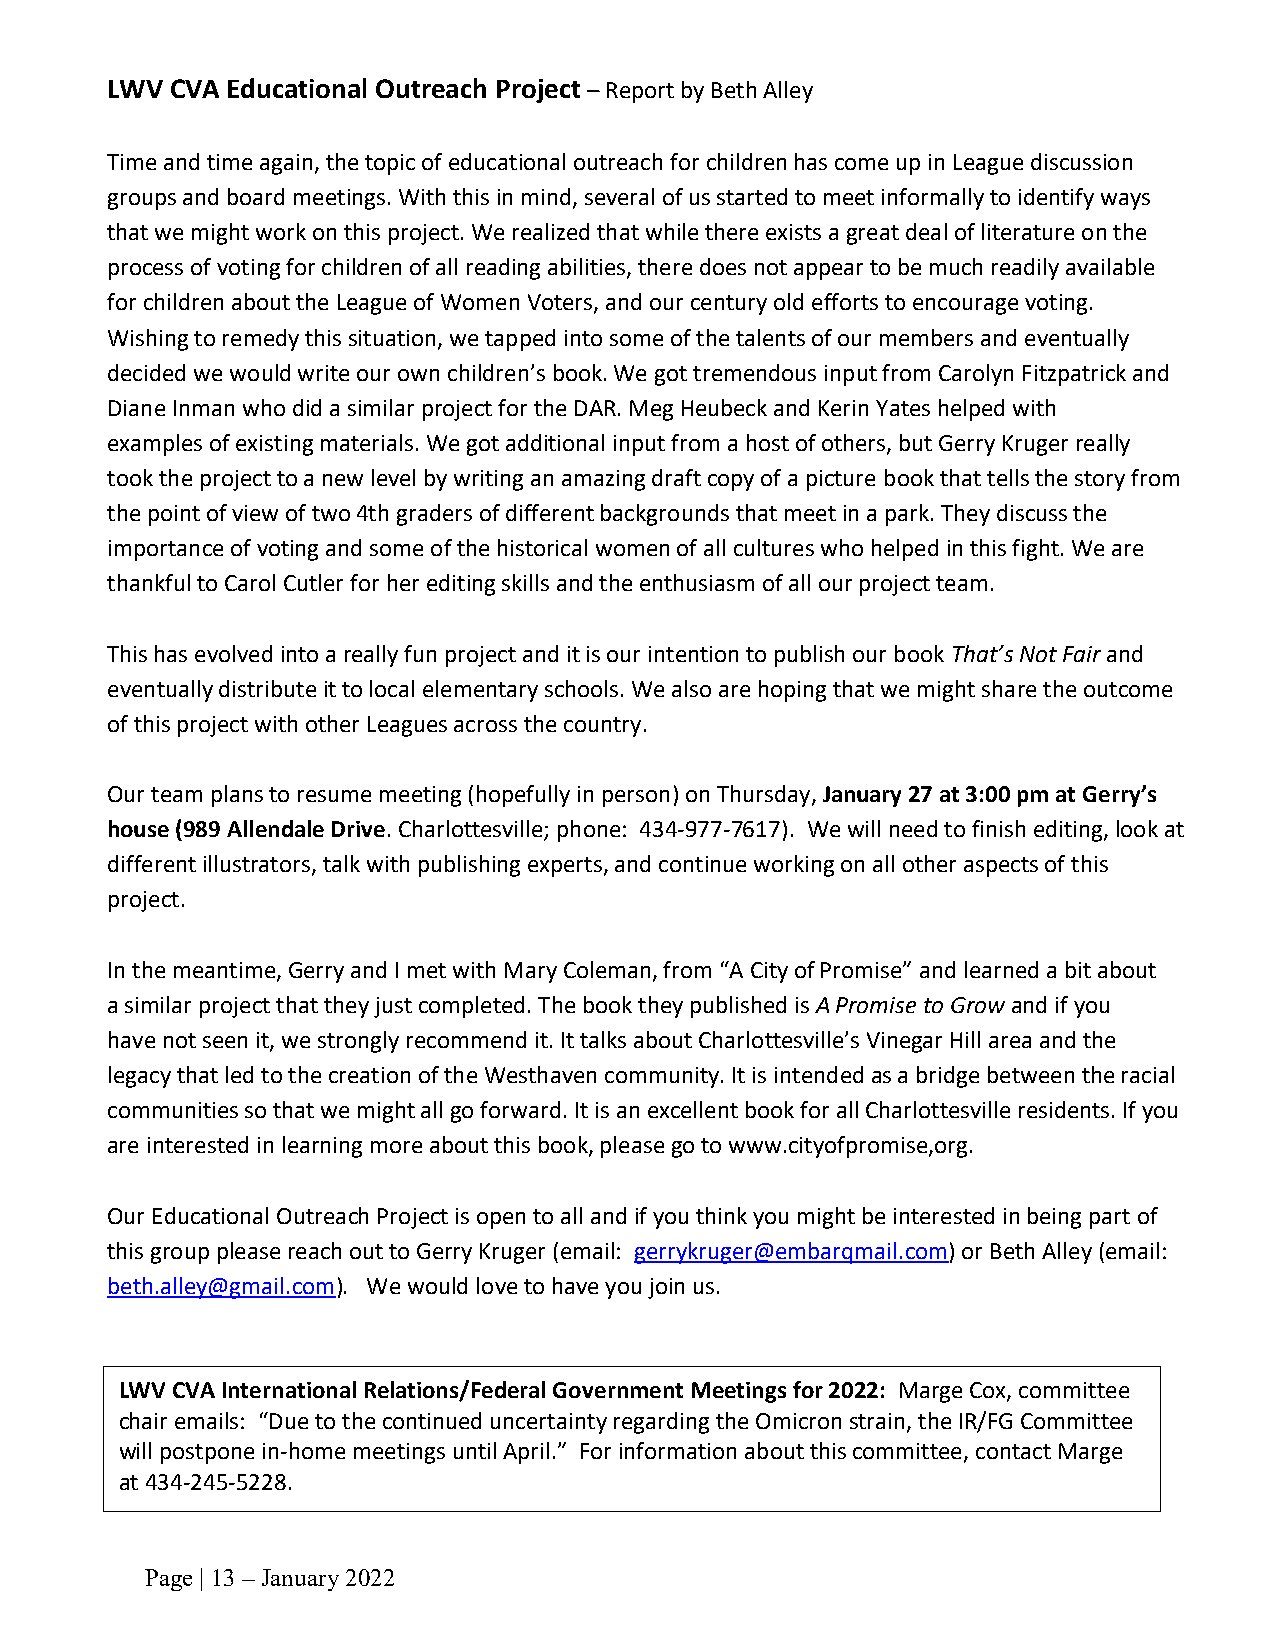
LWV CVA Educational Outreach Project – Report by Beth Alley
 Time and time again, the topic of educational outreach for children has come up in League discussion
 groups and board meetings. With this in mind, several of us started to meet informally to identify ways
 that we might work on this project. We realized that while there exists a great deal of literature on the
 process of voting for children of all reading abilities, there does not appear to be much readily available
 for children about the League of Women Voters, and our century old efforts to encourage voting.
 Wishing to remedy this situation, we tapped into some of the talents of our members and eventually
 decided we would write our own children’s book. We got tremendous input from Carolyn Fitzpatrick and
 Diane Inman who did a similar project for the DAR. Meg Heubeck and Kerin Yates helped with
 examples of existing materials. We got additional input from a host of others, but Gerry Kruger really
 took the project to a new level by writing an amazing draft copy of a picture book that tells the story from
 the point of view of two 4th graders of different backgrounds that meet in a park. They discuss the
 importance of voting and some of the historical women of all cultures who helped in this fight. We are
 thankful to Carol Cutler for her editing skills and the enthusiasm of all our project team.
 This has evolved into a really fun project and it is our intention to publish our book That’s Not Fair and
 eventually distribute it to local elementary schools. We also are hoping that we might share the outcome
 of this project with other Leagues across the country.
 Our team plans to resume meeting (hopefully in person) on Thursday, January 27 at 3:00 pm at Gerry’s
 house (989 Allendale Drive. Charlottesville; phone: 434-977-7617). We will need to finish editing, look at
 different illustrators, talk with publishing experts, and continue working on all other aspects of this
 project.
 In the meantime, Gerry and I met with Mary Coleman, from “A City of Promise” and learned a bit about
 a similar project that they just completed. The book they published is A Promise to Grow and if you
 have not seen it, we strongly recommend it. It talks about Charlottesville’s Vinegar Hill area and the
 legacy that led to the creation of the Westhaven community. It is intended as a bridge between the racial
 communities so that we might all go forward. It is an excellent book for all Charlottesville residents. If you
 are interested in learning more about this book, please go to www.cityofpromise,org.
 Our Educational Outreach Project is open to all and if you think you might be interested in being part of
 this group please reach out to Gerry Kruger (email: gerrykruger@embarqmail.com) or Beth Alley (email:
 beth.alley@gmail.com). We would love to have you join us.
 LWV CVA International Relations/Federal Government Meetings for 2022: Marge Cox, committee
 chair emails: “Due to the continued uncertainty regarding the Omicron strain, the IR/FG Committee
 will postpone in-home meetings until April.” For information about this committee, contact Marge
 at 434-245-5228.
 Page | 13 – January 2022